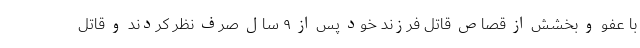
با عفو و بخشش از قصاص قاتل فرزند خود پس از ۹ سال صرف نظر کردند و قاتل